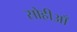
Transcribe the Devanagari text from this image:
सोहीआँ